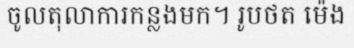
ចូលតុលាការកន្លងមក។ រូបថត ម៉េង